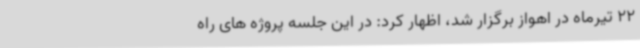
22 تیرماه در اهواز برگزار شد، اظهار کرد: در این جلسه پروژه های راه